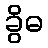
ခွိဓ